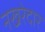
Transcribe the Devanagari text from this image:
नखरेदार